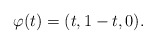
\begin{align*}\varphi(t) = (t, 1-t, 0).\end{align*}